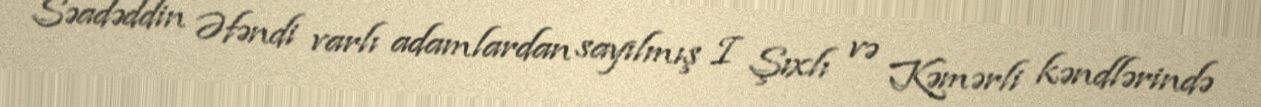
Səadəddin Əfəndi varlı adamlardan sayılmış I Şıxlı və Kəmərli kəndlərində